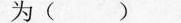
为()